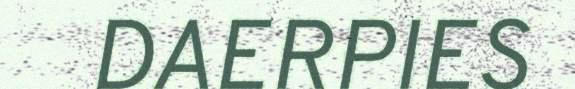
DAERPIES